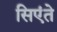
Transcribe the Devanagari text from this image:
सिएंते